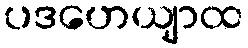
ပဒဟေယျာထ